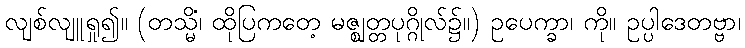
လျစ်လျူရှု၍။ (တသ္မိံ၊ ထိုပြကတေ့ မဇ္ဈတ္တပုဂ္ဂိုလ်၌။) ဥပေက္ခာ၊ ကို။ ဥပ္ပါဒေတဗ္ဗာ၊